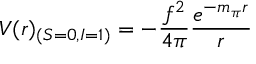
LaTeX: V ( r ) _ { ( S = 0 , I = 1 ) } = - \frac { f ^ { 2 } } { 4 \pi } \frac { e ^ { - m _ { \pi } r } } { r }